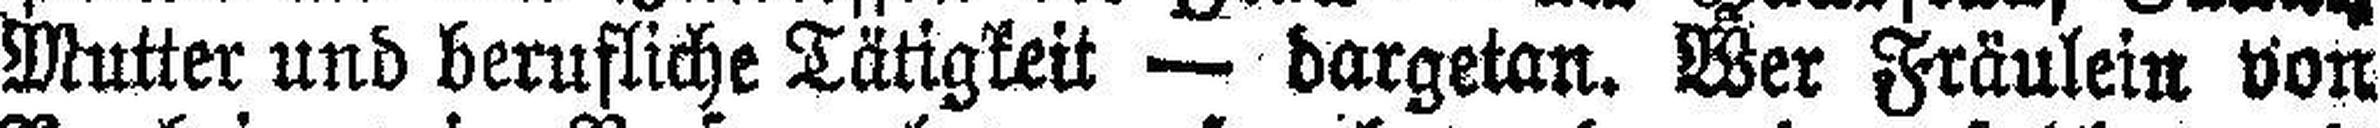
Mutter und berufliche Tätigkeit — dargetan. Wer Fräulein von